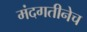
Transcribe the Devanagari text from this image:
मंदगतीनेच